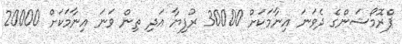
ޕްރޮމޯޝަންގެ ދެވަނަ އިނާމަކަށް 30000 ރުފިޔާ އަދި ތިން ވަނަ އިނާމަކަށް 20000